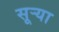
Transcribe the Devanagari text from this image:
सूऱ्या